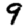
Digit: 9